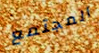
المجتمع